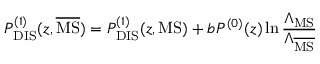
P _ { \mathrm { D I S } } ^ { ( 1 ) } ( z , \overline { { { \mathrm { M S } } } } ) = P _ { \mathrm { D I S } } ^ { ( 1 ) } ( z , \mathrm { M S } ) + b P ^ { ( 0 ) } ( z ) \ln \frac { \Lambda _ { \mathrm { M S } } } { \Lambda _ { \overline { { \mathrm { M S } } } } }